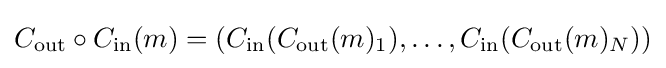
C_{\text{out}}\circ C_{\text{in}}(m)=(C_{\text{in}}(C_{\text{out}}(m)_{1}),\ldots ,C_{\text{in}}(C_{\text{out}}(m)_{N}))